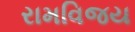
રામવિજય